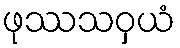
ဖုဿသဝှယံ